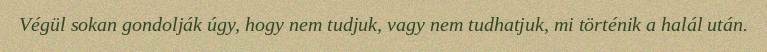
Végül sokan gondolják úgy, hogy nem tudjuk, vagy nem tudhatjuk, mi történik a halál után.